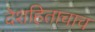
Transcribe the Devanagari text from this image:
देशहिताचाच